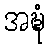
အဍ္ဎံ